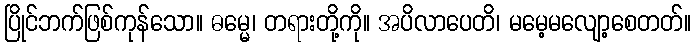
ပြိုင်ဘက်ဖြစ်ကုန်သော။ ဓမ္မေ၊ တရားတို့ကို။ အပိလာပေတိ၊ မမေ့မလျော့စေတတ်။